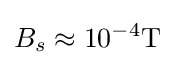
B_{s}\approx 10^{-4}{\rm {T}}